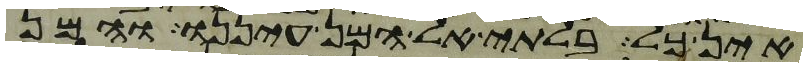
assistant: אין כל בלתי אל המן עיננו והמן